Annual report on the Civil Veterinary Department, Burma (including the Insein Veterinary School) - 1932-1941
Year: 1932
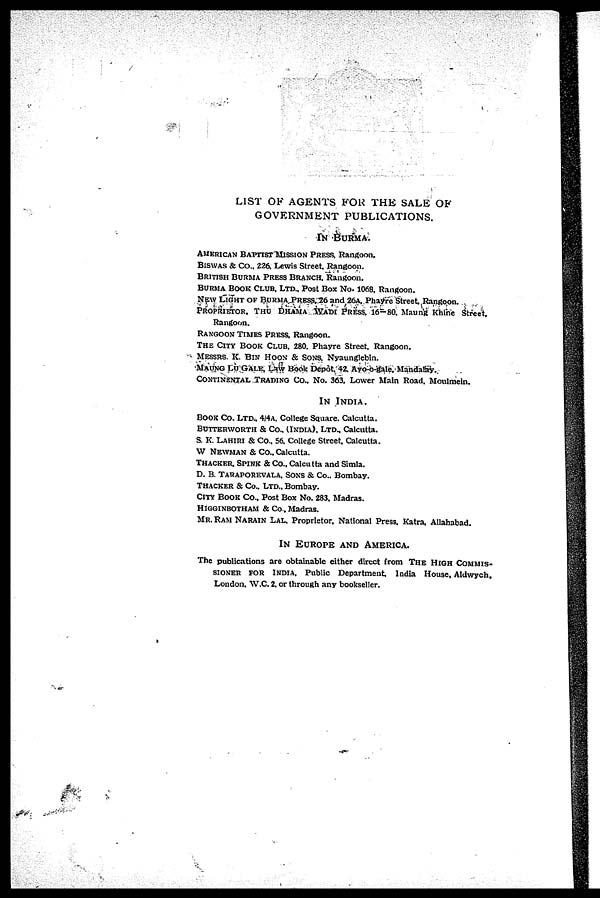
LIST OK AGENTS FOR THE SALE OF GOVERNMENT PUBLICATIONS
IN BURMA.
AMERICAN BAPTIST MISSION PRESS. Rangoon.
BISWAS & Co., 226. Lewis Street. Rangoon.
BRITISH BURMA PRESS BRANCH. Rangoon.
BURMA BOOK CLUB. LTD., Post Box No. 1068. Rangoon.
NEW LIGHT OF BURMA PRESS. 26 and 26a. Phayre Street Rangoon.
PROPRIETOR. THU DHAMA WADI PRESS, 16-80. Maung Khine Street.
Rangoon.
RANGOON TIMES PRESS. Rangoon.
THE CITY BOOK CLUB, 280. Phayre Street. Rangoon.
MESSRS, K. BIN HOON & SONS. Nyaunglebin.
MAUNG LU GALE, Law Book Depôt, 42. Ayo-o-gale. Mandalay.
CONTINENTAL TRADING CO. No. 363. Lower Main Road. Moulmein.
IN INDIA.
BOOK CO. LTD, 4/4a. College Square. Calcutta.
BUTTERWORTH & Co., (India). Ltd., Calcutta.
S. K. LAHIRI & Co., 56. College Street. Calcutta.
W NEWMAN & Co., Calcutta.
THACKER, SPINK & Co., Calcutta and Simla.
D. B. TARAPOREVALA. SONS & Co., Bombay.
Thacker & Co, Ltd, Bombay.
CITY BOOK CO., Post Box No. 283. Madras.
HIGGINBOTHAM & Co., Madras.
MR. RAM NARAIN LAL. Proprietor. National Press. Katra, Allahabad.
In Europe and America.
The publications are obtainable either direct from The High Commis¬sioner fo